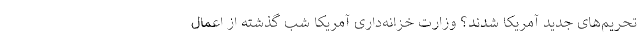
تحریم‌های جدید آمریکا شدند؟ وزارت خزانه‌داری آمریکا شب گذشته از اعمال